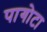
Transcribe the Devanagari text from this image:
पागोटा